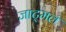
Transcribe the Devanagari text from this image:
जाट्मल